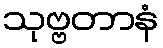
သုဗ္ဗတာနံ